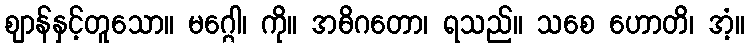
ဈာန်နှင့်တူသော။ မဂ္ဂေါ၊ ကို။ အဓိဂတော၊ ရသည်။ သစေ ဟောတိ၊ အံ့။